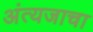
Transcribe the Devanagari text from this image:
अंत्यजाचा